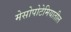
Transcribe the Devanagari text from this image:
मेसोपोटेमियातील